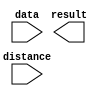
// megafunction wizard: %LPM_CLSHIFT%VBB%
// GENERATION: STANDARD
// VERSION: WM1.0
// MODULE: LPM_CLSHIFT 

// ============================================================
// Megafunction Name(s):
// 			LPM_CLSHIFT
//
// Simulation Library Files(s):
// 			
// ============================================================
// ************************************************************
// THIS IS A WIZARD-GENERATED FILE. DO NOT EDIT THIS FILE!
//
// 13.0.1 Build 232 06/12/2013 SP 1 SJ Web Edition
// ************************************************************

//Copyright (C) 1991-2013 Altera Corporation
//Your use of Altera Corporation's design tools, logic functions 
//and other software and tools, and its AMPP partner logic 
//functions, and any output files from any of the foregoing 
//(including device programming or simulation files), and any 
//associated documentation or information are expressly subject 
//to the terms and conditions of the Altera Program License 
//Subscription Agreement, Altera MegaCore Function License 
//Agreement, or other applicable license agreement, including, 
//without limitation, that your use is for the sole purpose of 
//programming logic devices manufactured by Altera and sold by 
//Altera or its authorized distributors.  Please refer to the 
//applicable agreement for further details.

module lpm_clshift0 (
	data,
	distance,
	result);

	input	[15:0]  data;
	input	[2:0]  distance;
	output	[15:0]  result;

endmodule

// ============================================================
// CNX file retrieval info
// ============================================================
// Retrieval info: PRIVATE: INTENDED_DEVICE_FAMILY STRING "Cyclone II"
// Retrieval info: PRIVATE: LPM_SHIFTTYPE NUMERIC "0"
// Retrieval info: PRIVATE: LPM_WIDTH NUMERIC "16"
// Retrieval info: PRIVATE: SYNTH_WRAPPER_GEN_POSTFIX STRING "0"
// Retrieval info: PRIVATE: lpm_widthdist NUMERIC "3"
// Retrieval info: PRIVATE: lpm_widthdist_style NUMERIC "1"
// Retrieval info: PRIVATE: new_diagram STRING "1"
// Retrieval info: PRIVATE: port_direction NUMERIC "1"
// Retrieval info: LIBRARY: lpm lpm.lpm_components.all
// Retrieval info: CONSTANT: LPM_SHIFTTYPE STRING "LOGICAL"
// Retrieval info: CONSTANT: LPM_TYPE STRING "LPM_CLSHIFT"
// Retrieval info: CONSTANT: LPM_WIDTH NUMERIC "16"
// Retrieval info: CONSTANT: LPM_WIDTHDIST NUMERIC "3"
// Retrieval info: USED_PORT: data 0 0 16 0 INPUT NODEFVAL "data[15..0]"
// Retrieval info: USED_PORT: distance 0 0 3 0 INPUT NODEFVAL "distance[2..0]"
// Retrieval info: USED_PORT: result 0 0 16 0 OUTPUT NODEFVAL "result[15..0]"
// Retrieval info: CONNECT: @data 0 0 16 0 data 0 0 16 0
// Retrieval info: CONNECT: @direction 0 0 0 0 VCC 0 0 0 0
// Retrieval info: CONNECT: @distance 0 0 3 0 distance 0 0 3 0
// Retrieval info: CONNECT: result 0 0 16 0 @result 0 0 16 0
// Retrieval info: GEN_FILE: TYPE_NORMAL lpm_clshift0.v TRUE
// Retrieval info: GEN_FILE: TYPE_NORMAL lpm_clshift0.inc FALSE
// Retrieval info: GEN_FILE: TYPE_NORMAL lpm_clshift0.cmp FALSE
// Retrieval info: GEN_FILE: TYPE_NORMAL lpm_clshift0.bsf TRUE
// Retrieval info: GEN_FILE: TYPE_NORMAL lpm_clshift0_inst.v FALSE
// Retrieval info: GEN_FILE: TYPE_NORMAL lpm_clshift0_bb.v TRUE